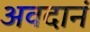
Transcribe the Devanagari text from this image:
अवदानं